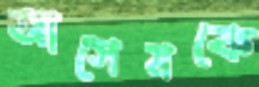
আসেমকে